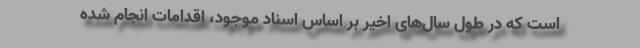
است که در طول سال‌های اخیر بر اساس اسناد موجود، اقدامات انجام شده